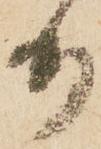
少